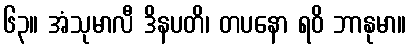
၆၃။ အံသုမာလီ ဒိနပတိ၊ တပနော ရဝိ ဘာနုမာ။